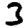
Digit: 3